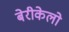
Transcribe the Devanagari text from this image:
बेरीकेलो